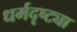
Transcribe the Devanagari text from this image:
धर्मदृष्ट्या